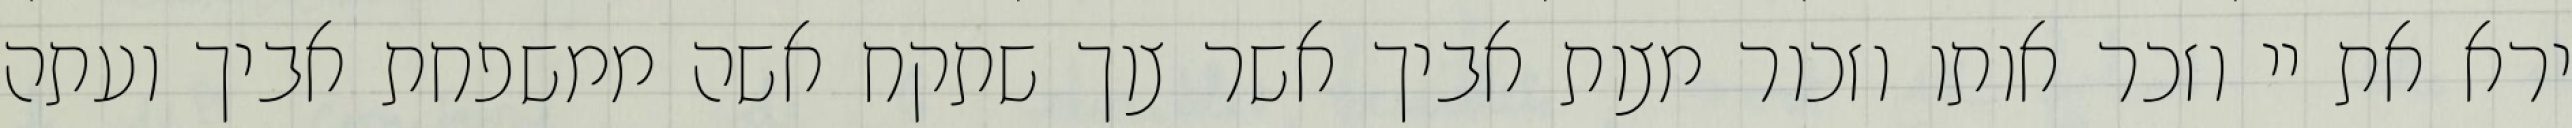
ירא את יי וזכר אותו וזכור מצות אביך אשר צוך שתקח אשה ממשפחת אביך ועתה